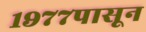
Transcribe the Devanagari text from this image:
१९७७पासून